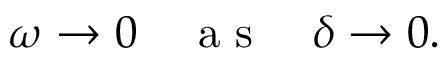
\omega \rightarrow 0 \quad \mathrm { ~ a ~ s ~ } \quad \delta \rightarrow 0 .